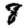
Digit: 8